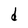
Character: d